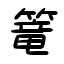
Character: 篭